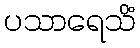
ပသာရေသိံ